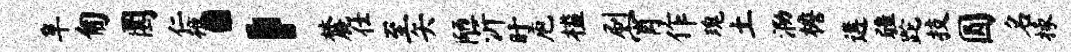
阜匍圜仁掖；麓仕至矢陋沂盱庖槛刷宵作瑰土泐檐遘疆跎技圆名掾